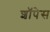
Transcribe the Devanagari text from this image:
शॉपेस